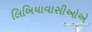
લિબિયાવાસીઓએ